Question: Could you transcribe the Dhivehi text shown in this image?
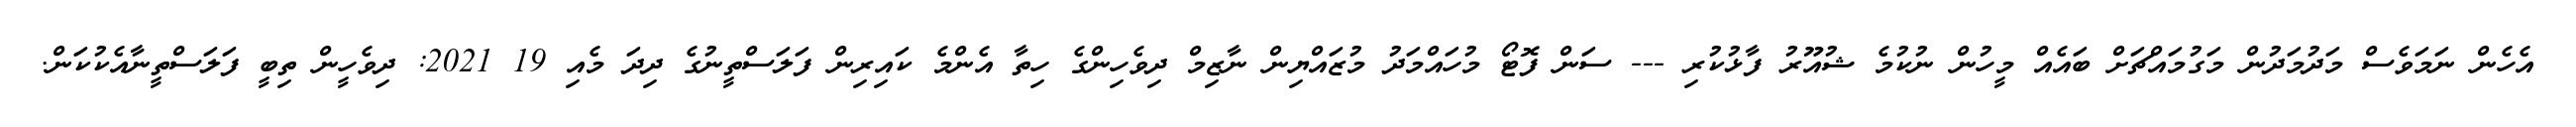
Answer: އެހެން ނަމަވެސް މަދުމަދުން މަގުމައްޗަށް ބައެއް މީހުން ނުކުމެ ޝުއޫރު ފާޅުކުރި --- ސަން ފޮޓޯ މުހައްމަދު މުޒައްޔިން ނާޒިމް ދިވެހިންގެ ހިތާ އެންމެ ކައިރިން ފަލަސްތީނުގެ ދިދަ މެއި 19 2021: ދިވެހީން ތިބީ ފަލަސްތީނާއެކުކަން.